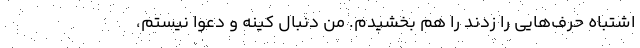
اشتباه حرف‌هایی را زدند را هم بخشیدم. من دنبال کینه و دعوا نیستم،